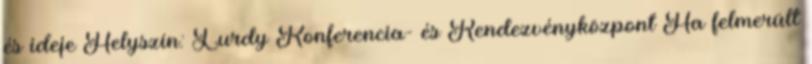
és ideje Helyszín: Lurdy Konferencia- és Rendezvényközpont Ha felmerült